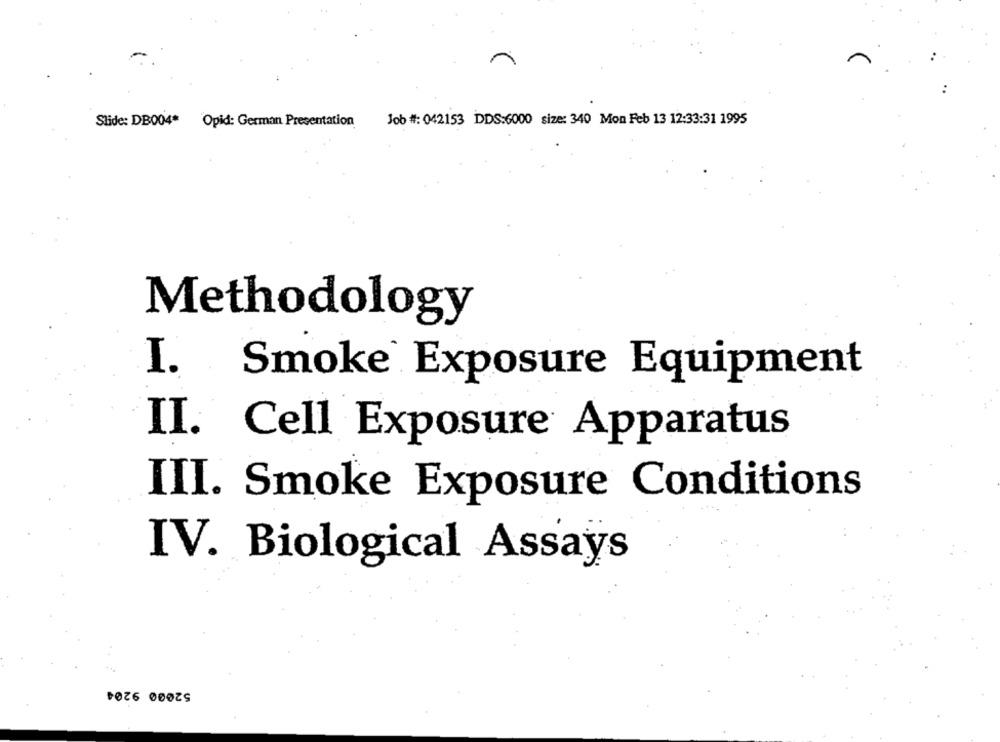
..
Slide: DB004* Opid: German Presentation
Job #: 042153 DDS:6000 size: 340 Mon Feb 13 12:33:31 1995
Methodology
I.
Smoke Exposure Equipment
II. Cell Exposure Apparatus
III. Smoke Exposure Conditions
IV. Biological Assays
52000 9204